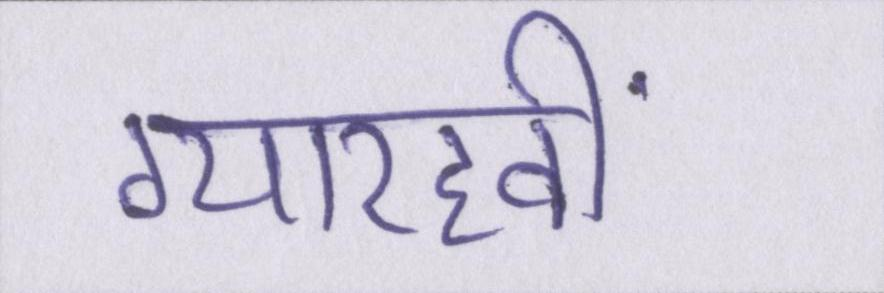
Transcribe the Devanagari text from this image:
ग्यारहवीं